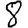
Digit: 8